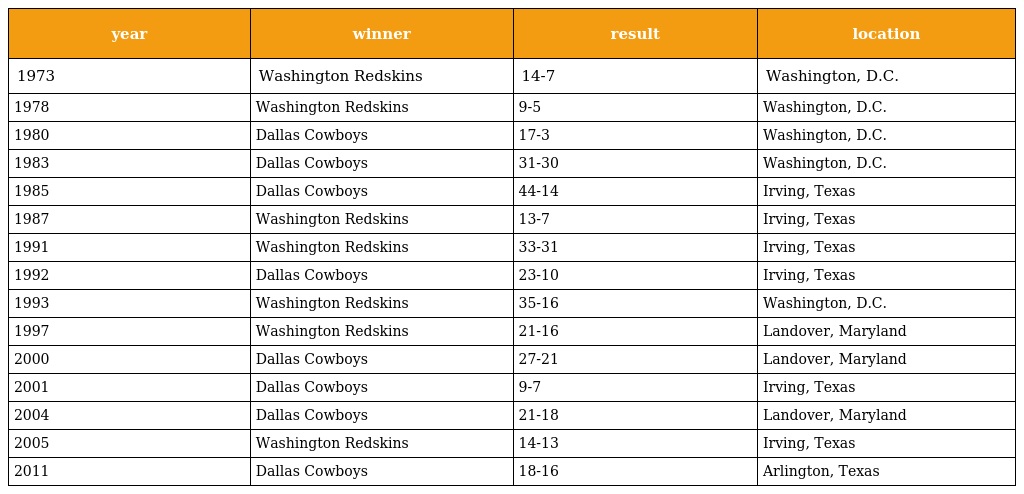
| year | winner | result | location |
 | --- | --- | --- | --- |
 | 1973 | Washington Redskins | 14-7 | Washington, D.C. |
 | 1978 | Washington Redskins | 9-5 | Washington, D.C. |
 | 1980 | Dallas Cowboys | 17-3 | Washington, D.C. |
 | 1983 | Dallas Cowboys | 31-30 | Washington, D.C. |
 | 1985 | Dallas Cowboys | 44-14 | Irving, Texas |
 | 1987 | Washington Redskins | 13-7 | Irving, Texas |
 | 1991 | Washington Redskins | 33-31 | Irving, Texas |
 | 1992 | Dallas Cowboys | 23-10 | Irving, Texas |
 | 1993 | Washington Redskins | 35-16 | Washington, D.C. |
 | 1997 | Washington Redskins | 21-16 | Landover, Maryland |
 | 2000 | Dallas Cowboys | 27-21 | Landover, Maryland |
 | 2001 | Dallas Cowboys | 9-7 | Irving, Texas |
 | 2004 | Dallas Cowboys | 21-18 | Landover, Maryland |
 | 2005 | Washington Redskins | 14-13 | Irving, Texas |
 | 2011 | Dallas Cowboys | 18-16 | Arlington, Texas |